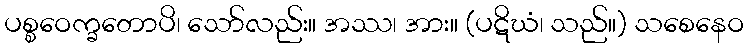
ပစ္စဝေက္ခတောပိ၊ သော်လည်း။ အဿ၊ အား။ (ပဋိဃံ၊ သည်။) သစေနေဝ